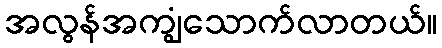
အလွန်အကျွံသောက်လာတယ်။